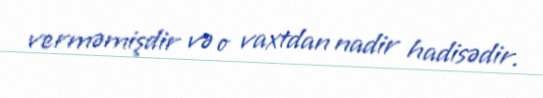
verməmişdir və o vaxtdan nadir hadisədir.